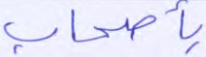
بأصحاب